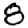
Digit: 8